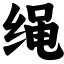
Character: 绳